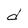
Character: d